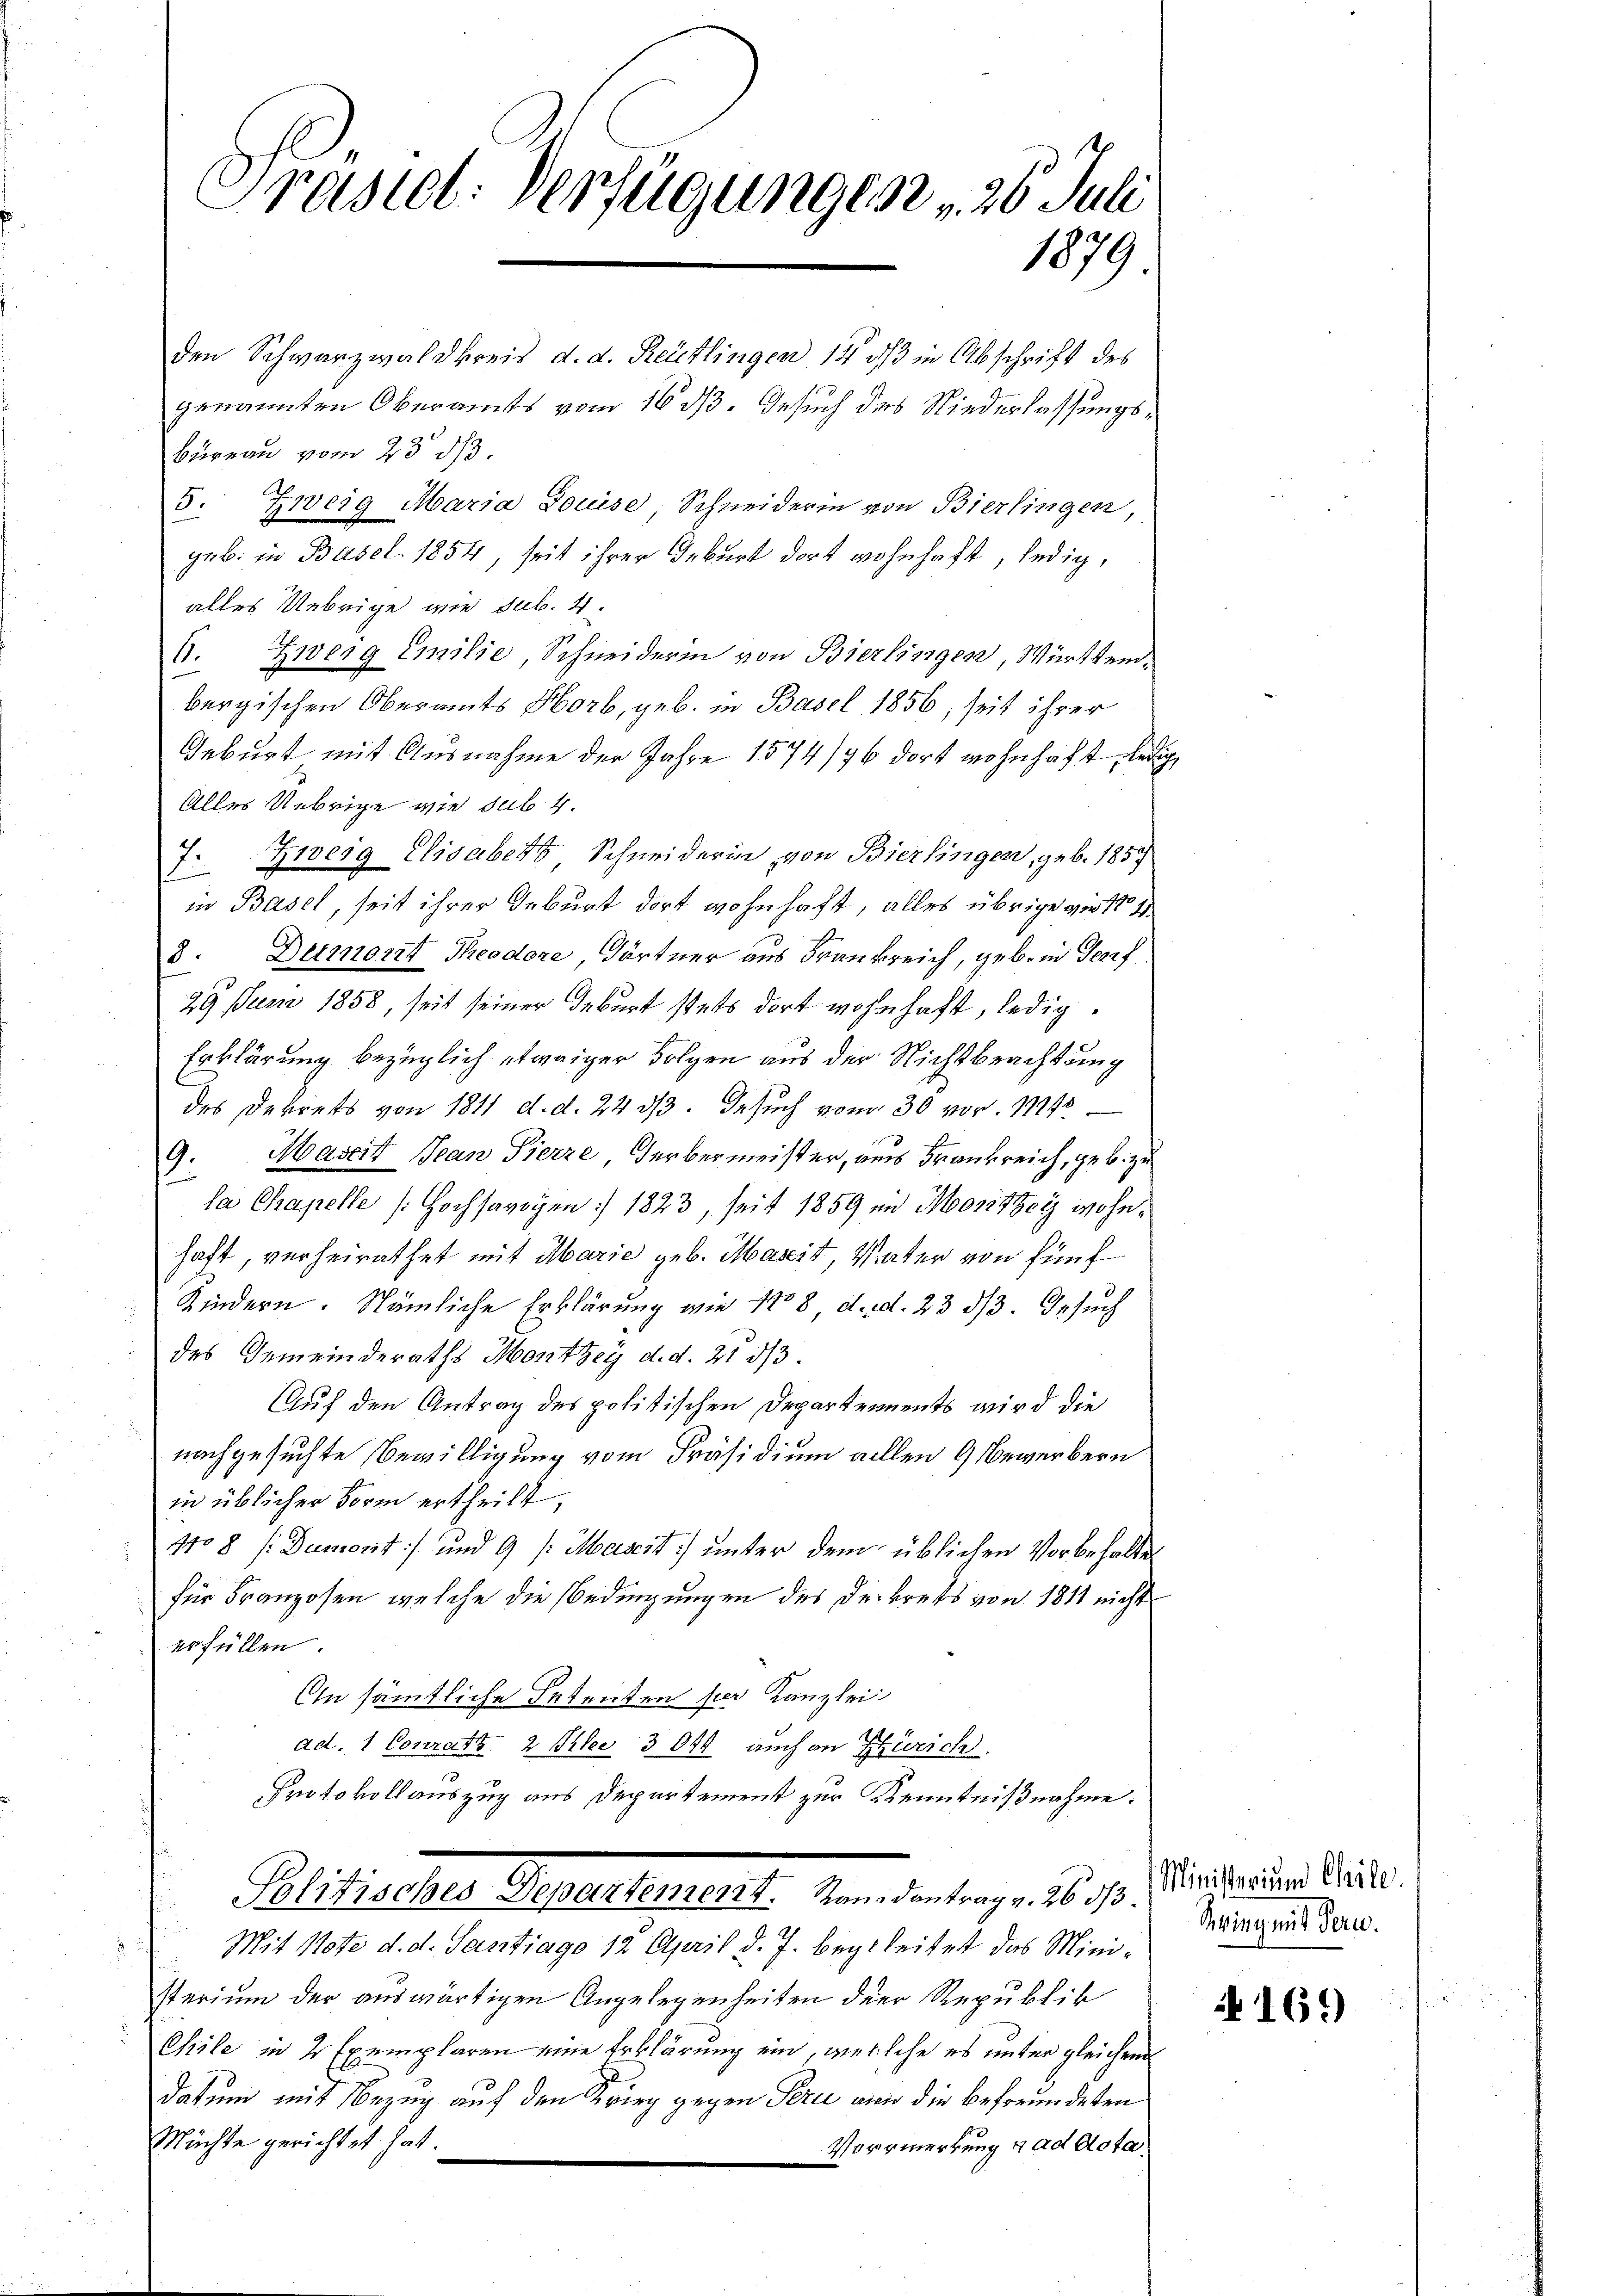
Präsiel. Verfügungen . 26. Juli
1879

Büreau vom 23. ds.
e
3. Zweig Maria Louise Schneiderin von Bierlingen,
geb. in Basel 1854, seit ihrer Geburt dort wohnhaft, ledig,
alles Uebrige wie sub. 4.
6. Zwerg Emilie, Schneiderin von Bierlingen, Württembergischen Oberamts Horb, geb. in Basel 1856, seit ihrer
Geburt mit Ausnahme der Jahre 1574/76 dort wohnhaft lei
Alles Uebrige wie sub. 4.
7. Zweig Elisabet Schneiderin von Bierlingen, geb. 1857
in Basel, seit ihrer Geburt dort wohnhaft, alles übrige wie No 4
8. Dermort Theodore, Gärtner aus Frankreich, geb. in Greif
29 Juni 1858, seit seiner Geburt stets dort wohnhaft, ledig¬
Erklärung bezüglich etwaiger Folgen aus der Nichtbeachtung
des Dekrets von 1811 d. d. 24 3/3. Besuch vom 30 vor. 1145
9. Maseit Jean Pierre Herbermeister, aus Frankreich, geb. zu
la Chapelle (Hochsavoyen 1823, seit 1859 in Monthey wohnhaft, verheirathet mit Marie geb. Mascit, Vater von fünf
Kindern. Nämliche Erklärung wie 1808, d. d. 23 d. Gesuch
des Gemeinderaths Monthey d. d. 21 2/3.
Auf den Antrag des politischen Departements wird die
nachgesuchte Bewilligung vom Präsidium allen 9 Bewerbern
in üblicher Form ertheilt,
No8 / Dumont) und 9 /: Mascit ŭnter dem üblichen Vorbehaltes
für Franzosen, welche die Bedingungen des Dekrets von 1811 nicht
erfüllen
An sämmtliche Petenten sei Kanzlei
ad. 1 Conratz 2 Phlee 3044 auch in Zürich
Protokollauszug aus Departement zur Kenntnißnahme.
Plitischen Schultheilt. Man den den 8. 10. Der an der 1890.
Mit Note d. d. Santiago 12 April d. J. begleitet das Ministerium der auswärtigen Angelegenheiten der Republik
Chile in 2 Exemplaren eine Erklärung ein, welche es unter gleichen
datum mit Bezug auf den Krieg gegen Serii an die befreundeten
Müchte gerichtet hat.
Vormerkung ad Acta,

den Schwarzwaldkreis d. d. Reutlingen 14 dß in Abschrift des

genannten Oberamts vom 16. ds. Gesuch des Niederlassungs¬

Siring mit Bern.

169